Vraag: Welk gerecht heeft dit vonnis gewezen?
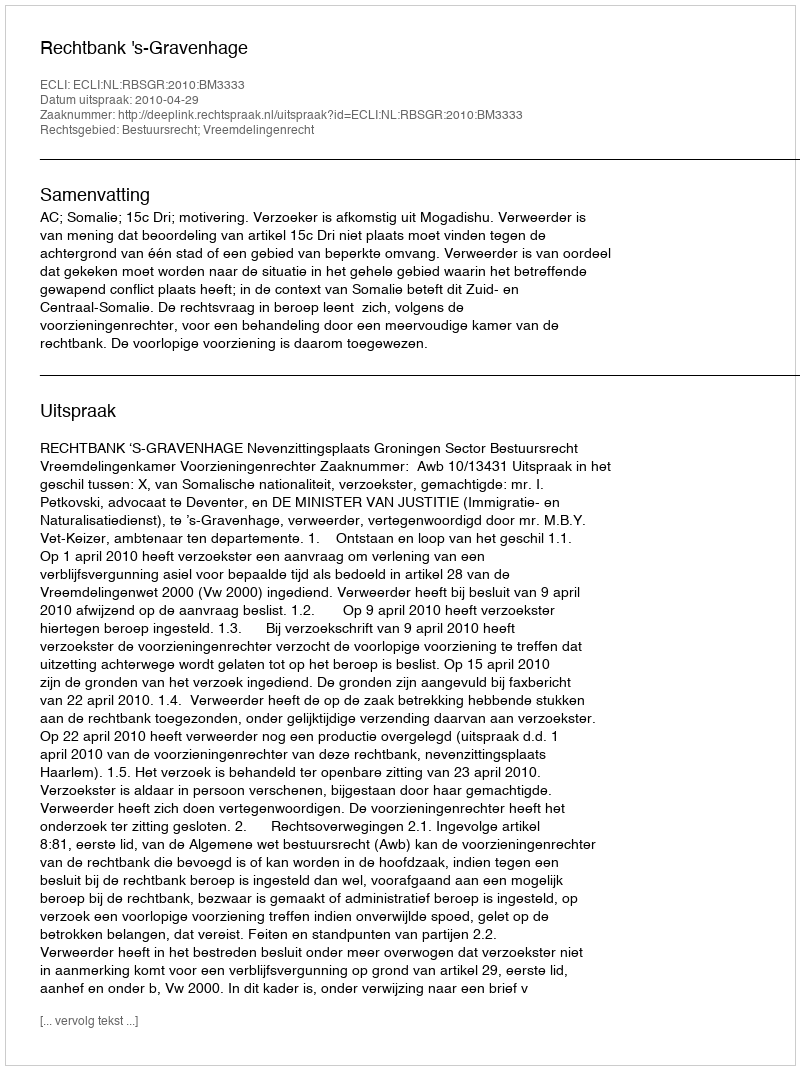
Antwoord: Rechtbank 's-Gravenhage